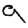
Digit: 9